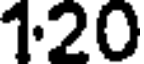
120